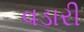
વડારી